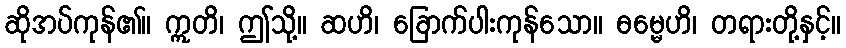
ဆိုအပ်ကုန်၏။ ဣတိ၊ ဤသို့။ ဆဟိ၊ ခြောက်ပါးကုန်သော။ ဓမ္မေဟိ၊ တရားတို့နှင့်။